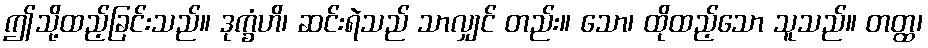
ဤသို့ထည့်ခြင်းသည်။ ဒုက္ခံဟိ၊ ဆင်းရဲသည် သာလျှင် တည်း။ သော၊ ထိုထည့်သော သူသည်။ တတ္ထ၊